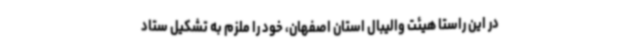
در این راستا هیئت والیبال استان اصفهان، خود را ملزم به تشکیل ستاد